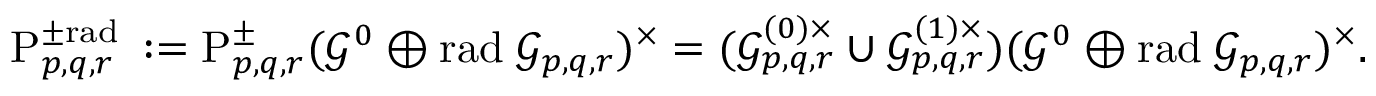
\begin{array} { r } { \! \! \mathrm { P } _ { p , q , r } ^ { \pm \mathrm { r a d } \; } : = \mathrm { P } _ { p , q , r } ^ { \pm } ( \mathcal { G } ^ { 0 } \oplus \mathrm { r a d } \; \mathcal { G } _ { p , q , r } ) ^ { \times } = ( \mathcal { G } _ { p , q , r } ^ { ( 0 ) \times } \cup \mathcal { G } _ { p , q , r } ^ { ( 1 ) \times } ) ( \mathcal { G } ^ { 0 } \oplus \mathrm { r a d } \; \mathcal { G } _ { p , q , r } ) ^ { \times } . } \end{array}